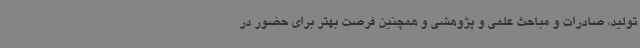
تولید، صادرات و مباحث علمی و پژوهشی و همچنین فرصت بهتر برای حضور در